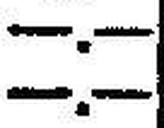
—.—